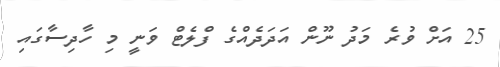
25 އަށް ވުރެ މަދު ނޫން އަދަދެއްގެ ފްލެޓް ވަނީ މި ހާދިސާގައި